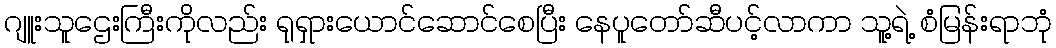
ဂျူးသူဌေးကြီးကိုလည်း ရုရှားယောင်ဆောင်စေပြီး နေပူတော်ဆီပင့်လာကာ သူ့ရဲ့ စံမြန်းရာဘုံ